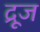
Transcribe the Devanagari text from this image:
द्रूज